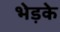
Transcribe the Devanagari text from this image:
भेड़के